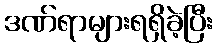
ဒဏ်ရာများရရှိခဲ့ပြီး